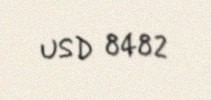
USD 8482